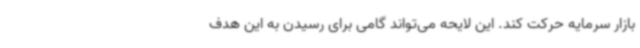
بازار سرمایه حرکت کند. این لایحه می‌تواند گامی برای رسیدن به این هدف